Vaccination in Bombay 1913-1923 - 1913-1923
Year: 1913
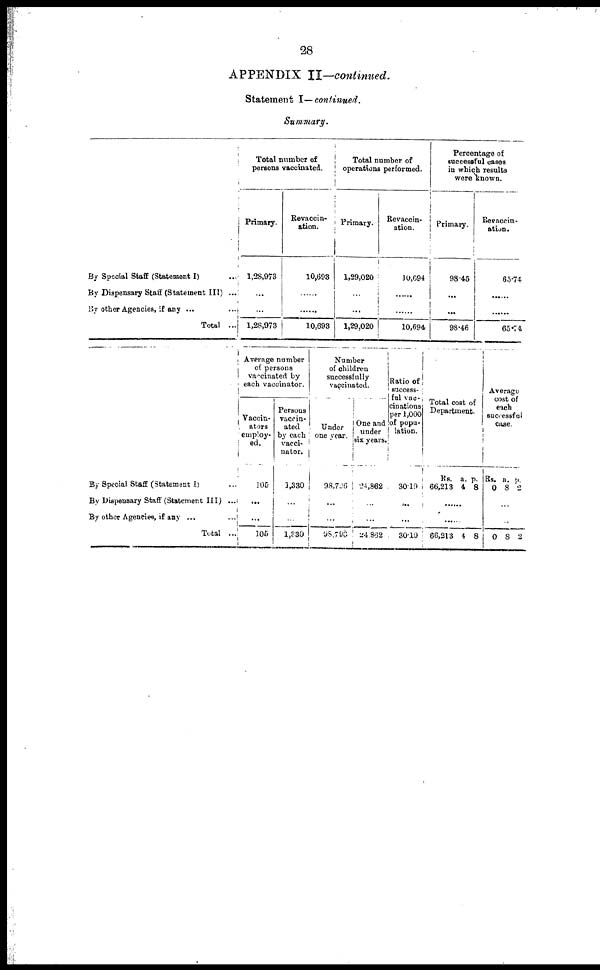
28
APPENDIX II—continued.
Statement I—continued.
Summary.
By Special Staff (Statement I) ...
By Dispensary Staff (Statement III) ...
By other Agencies, if any ...
Total ...
Total number of
persons vaccinated.
Primary.
1,28,973
...
...
1,28,973
Revaccin¬
ation.
10,693
...
...
10,693
Total number of
operations performed.
Primary.
1,29,020
...
...
1,29,020
Revaccin¬
ation.
10,694
...
...
10,694
Percentage of
successful cases
in which results
were known.
Primary.
98.45
...
...
98.46
Revaccin¬
ation.
65.74
...
...
65.74
By Special Staff (Statement I) ...
By Dispensary Staff (Statement III) ...
By other Agencies, if any ... ...
Total ...
Average number
of persons
vaccinated by
each vaccinator.
Vaccin¬
ators
employ¬
ed.
105
...
...
105
Persons
vaccin¬
ated
by each
vacci¬
nator.
1,330
...
...
1,330
Number
of children
successfully
vaccinated.
Under
one year.
98,706
...
...
98,796
One and
under
six years.
24,862
...
...
24,862
Ratio of
success-
ful vac-
cinations
per 1,000
of popu-
lation.
30.19
...
...
30.19
Total coat of
Department.
Rs.
66,213
a.
4
p.
8
......
......
66,213 4 8
Average¬
cost of
each
successful
case.
Rs.
0
a.
8
p.
2
...
...
0 8 2